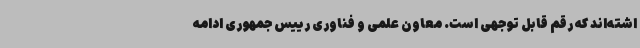
اشته‌اند که رقم قابل توجهی است. معاون علمی و فناوری رییس جمهوری ادامه